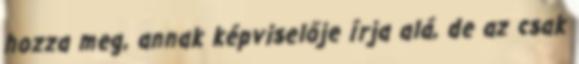
hozza meg, annak képviselője írja alá, de az csak